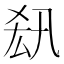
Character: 𠫲